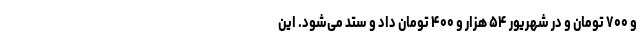
و ۷۰۰ تومان و در شهریور ۵۴ هزار و ۴۰۰ تومان داد و ستد می‌شود. این